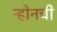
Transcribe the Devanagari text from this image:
ऱ्होनची